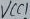
Text: VCC1